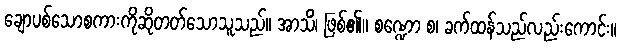
ချောပစ်သောစကားကိုဆိုတတ်သောသူသည်။ အာသိံ၊ ဖြစ်၏။ စဏ္ဍော စ၊ ခက်ထန်သည်လည်းကောင်း။